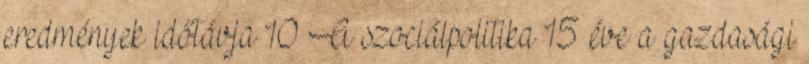
eredmények időtávja 10 A szociálpolitika 15 éve a gazdasági